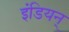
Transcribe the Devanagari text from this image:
इंडियन्